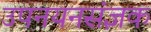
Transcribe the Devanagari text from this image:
उपनयनसंज्ञक